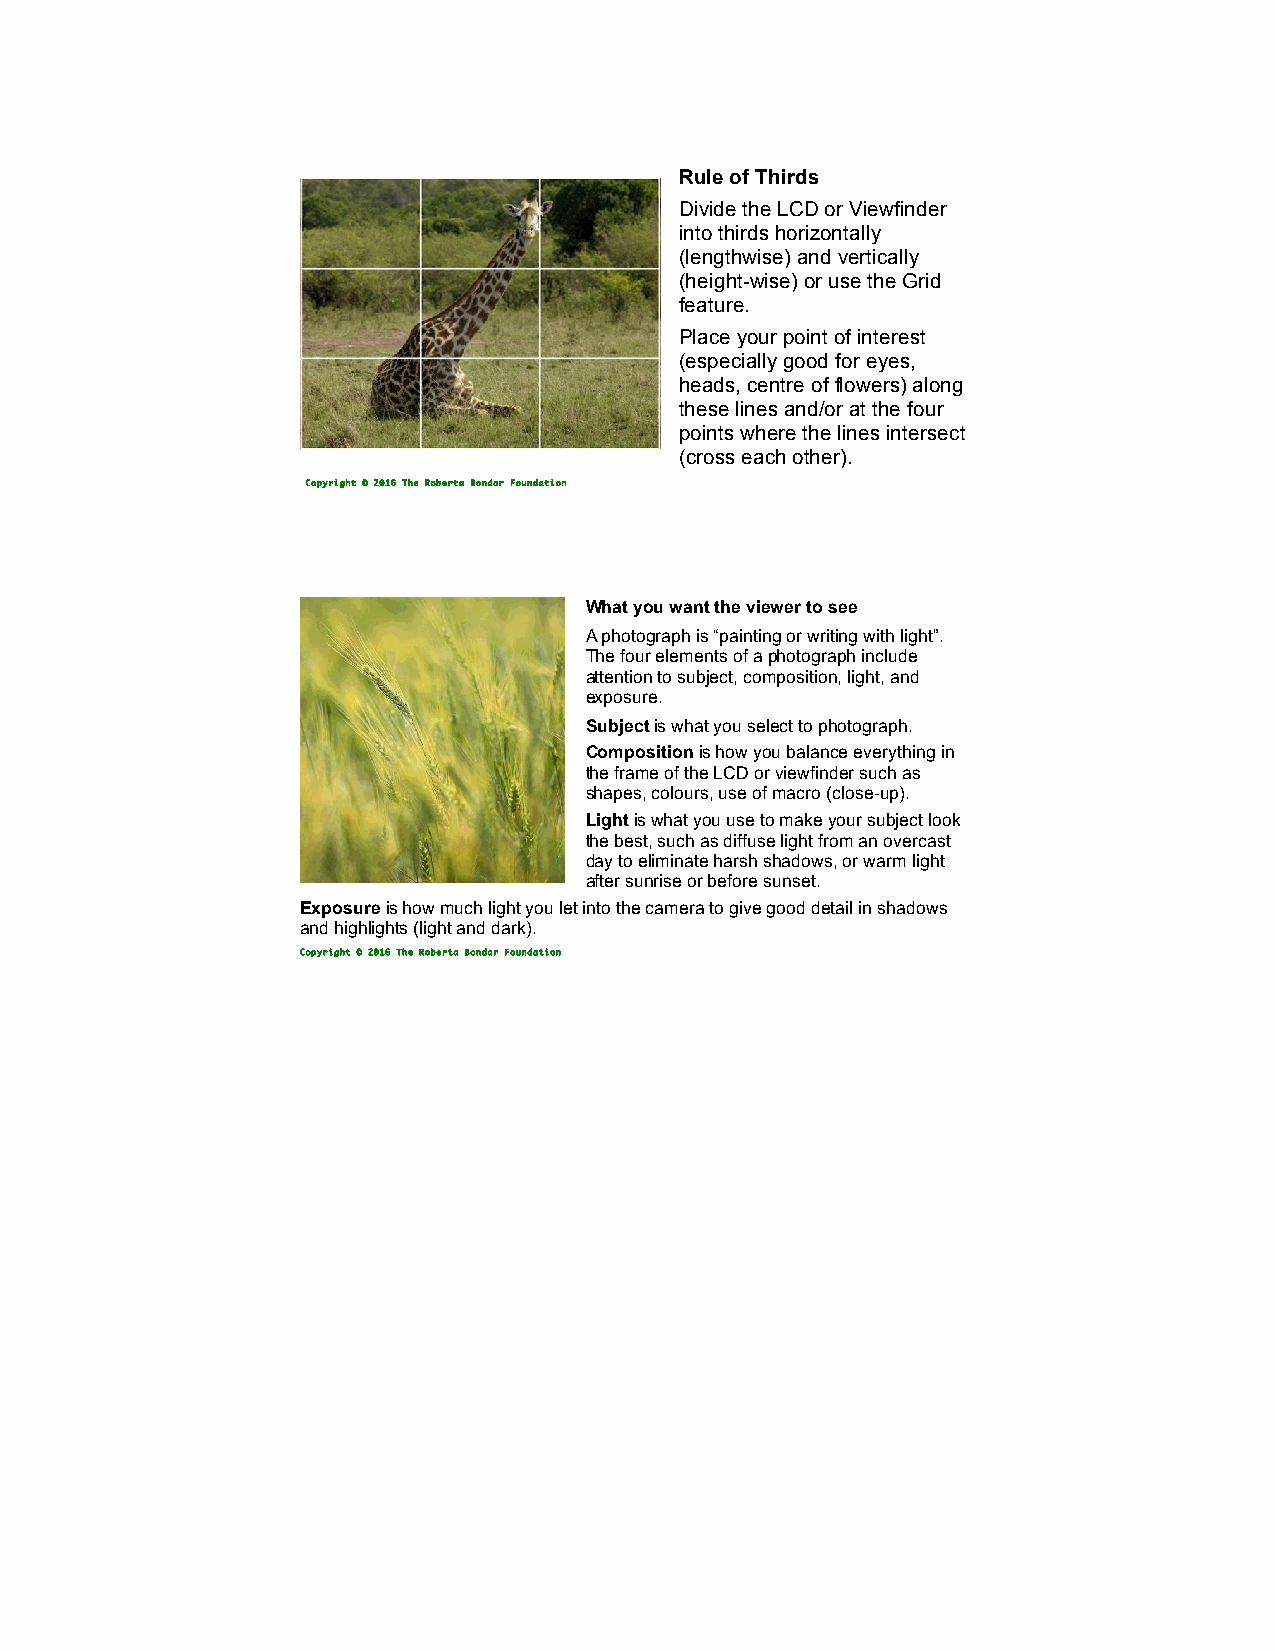
Rule of Thirds
 Divide the LCD or Viewfinder
 into thirds horizontally
 (lengthwise) and vertically
 (height-wise) or use the Grid
 feature.
 Place your point of interest
 (especially good for eyes,
 heads, centre of flowers) along
 these lines and/or at the four
 points where the lines intersect
 (cross each other).
 Copyright © 2016 The Roberta Bondar Foundation
 What you want the viewer to see
 A photograph is “painting or writing with light”.
 The four elements of a photograph include
 attention to subject, composition, light, and
 exposure.
 Subject is what you select to photograph.
 Composition is how you balance everything in
 the frame of the LCD or viewfinder such as
 shapes, colours, use of macro (close-up).
 Light is what you use to make your subject look
 the best, such as diffuse light from an overcast
 day to eliminate harsh shadows, or warm light
 after sunrise or before sunset.
 Exposure is how much light you let into the camera to give good detail in shadows
 and highlights (light and dark).
 Copyright © 2016 The Roberta Bondar Foundation